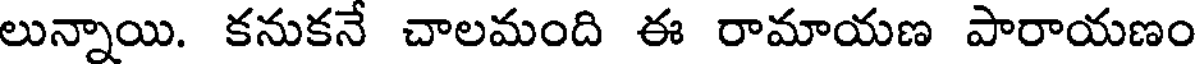
లున్నాయి. కనుకనే చాలమంది ఈ రామాయణ పారాయణం